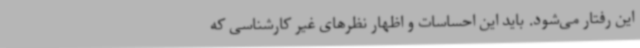
این رفتار می‌شود. باید این احساسات و اظهار نظرهای غیر کارشناسی که